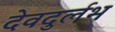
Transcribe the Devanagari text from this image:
देवदुर्लभ